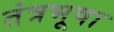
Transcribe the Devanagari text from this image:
तंत्रभूषा